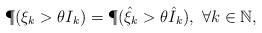
LaTeX: \begin{align*}\P(\xi_k>\theta I_k)=\P(\hat{\xi}_k>\theta \hat{I}_k),~\forall k\in\mathbb{N},\end{align*}